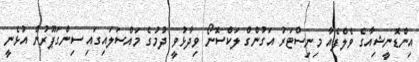
އިންޑޮނީޝިއާގެ ވެލްފެއާ މިނިސްޓަރު އަގުންގް ލަކްސޮނޯ ވިދާޅުވީ ދުމުގެ މައްސަލައިގައި ސިންގަޕޫރުން އުޅެނީ